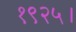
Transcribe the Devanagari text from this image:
१९२५।